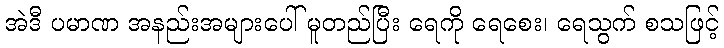
အဲဒီ ပမာဏ အနည်းအများပေါ် မူတည်ပြီး ရေကို ရေစေး၊ ရေသွက် စသဖြင့်